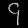
Digit: ၄